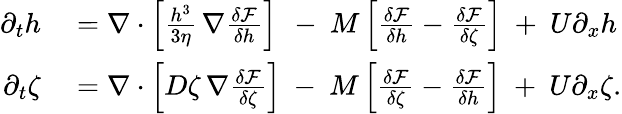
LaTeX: \begin{array}{rl}{\partial_{t}h}&{{}=\nabla\cdot\left[\frac{h^{3}}{3\eta}\, \nabla\frac{\delta\mathcal{F}}{\delta h}\right]\ \, -\ M\left[\frac{\delta\mathcal{F}}{\delta h}-\frac{\delta\mathcal{F}}{\delta\zeta}\right]\ +\ U\partial_{x}h}\\ {\partial_{t}\zeta}&{{}=\nabla\cdot\left[D\zeta\, \nabla\frac{\delta\mathcal{F}}{\delta\zeta}\right]\ -\ M\left[\frac{\delta\mathcal{F}}{\delta\zeta}-\frac{\delta\mathcal{F}}{\delta h}\right]\ +\ U\partial_{x}\zeta.}\end{array}